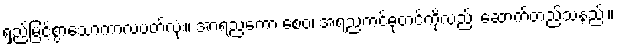
ရှည်မြင့်စွာသောကာလပတ်လုံး။ အာရညကော စေဝ၊ အရညကင်ဓုတင်ကိုလည်း ဆောက်တည်သနည်း။